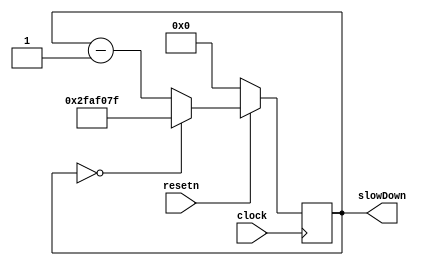
module delay1Hz(
	input clock,
	input resetn,
	output reg [25:0] slowDown
	);

	always @ (posedge clock)
	begin
		if(!resetn)
			slowDown <= 26'd0;
		else if(slowDown == 1'b0)
			slowDown <= 26'b10111110101111000001111111;
		else
			slowDown <= slowDown - 1'b1;
	end
	
endmodule

/*module gameDuration(
	input go,
	input clock,
	input resetn, 
	output reg [6:0] timeElapsed,
	);
	
	always @ (posedge clock)
	begin
		if(!resetn)
			timeElapsed <= 7'd0;
		else if(timeElapsed == 7'd100)
			timeElapsed <= 7'd0;
		else if(go)
			timeElapsed <= timeElapsed + 1'b1;
	end

endmodule*/

//to connect these 2 together:
/*
wire go;
assign go = (slowDown == 0) ? 1 : 0;
*/